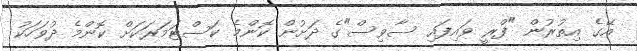
އޭގެ އިތުރުން "ފްރީ ވައިފައި ސާވިސް"ގެ ދަށުން ކޮންމެ ކަސްޓަމަރަކަށް ކޮންމެ ދުވަހަކު